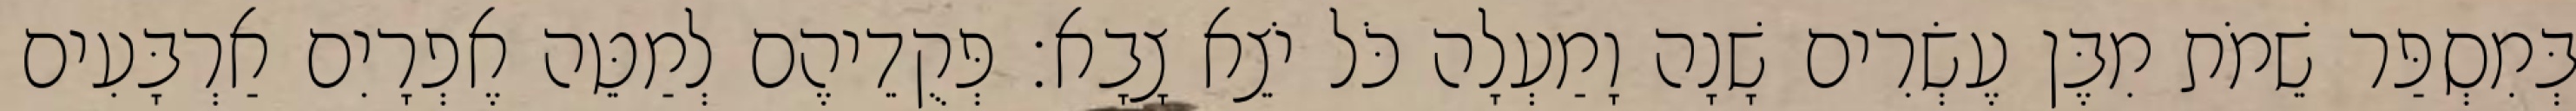
בְּמִסְפַּר שֵׁמֹת מִבֶּן עֶשְׂרִים שָׁנָה וָמַעְלָה כֹּל יֹצֵא צָבָא׃ פְּקֻדֵיהֶם לְמַטֵּה אֶפְרָיִם אַרְבָּעִים